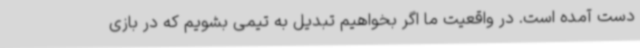
دست آمده است. در واقعیت ما اگر بخواهیم تبدیل به تیمی بشویم که در بازی